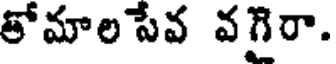
తోమాలసేవ వగైరా.